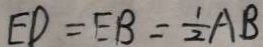
E D = E B = \frac { 1 } { 2 } A B